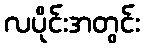
လပိုင်းအတွင်း